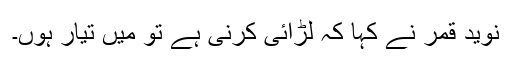
نوید قمر نے کہا کہ لڑائی کرنی ہے تو میں تیار ہوں۔